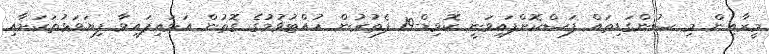
މީރާއިން މި ސުންގަޑިތައް ފަސްކޮށްފައިވަނީ ކޮވިޑް-19 ފެތުރުން ހުއްޓުވުމުގެ ގޮތުން އަޅައިފައިވާ ފިޔަވަޅުތަކަށާއި